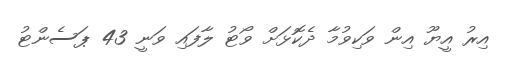
އިރު އީޔޫ އިން ވަކިވުމާ ދެކޮޅަށް ވޯޓު ލާފައި ވަނީ 43 ޕަސެންޓު